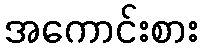
အကောင်းစား